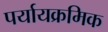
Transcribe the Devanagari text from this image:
पर्यायक्रमिक